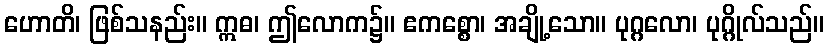
ဟောတိ၊ ဖြစ်သနည်း။ ဣဓ၊ ဤလောက၌။ ဧကစ္စော၊ အချို့သော။ ပုဂ္ဂလော၊ ပုဂ္ဂိုလ်သည်။